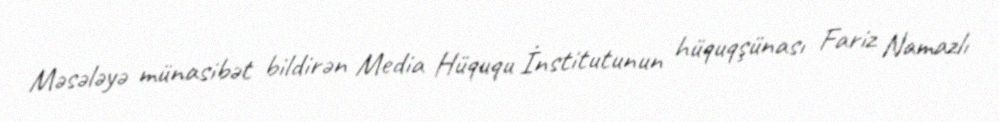
Məsələyə münasibət bildirən Media Hüququ İnstitutunun hüquqşünası Fariz Namazlı